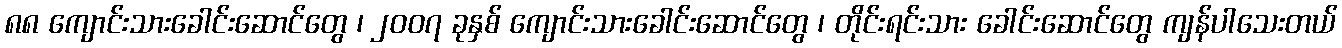
၈၈ ကျောင်းသားခေါင်းဆောင်တွေ ၊ ၂၀၀၇ ခုနှစ် ကျောင်းသားခေါင်းဆောင်တွေ ၊ တိုင်းရင်းသား ခေါင်းဆောင်တွေ ကျန်ပါသေးတယ်